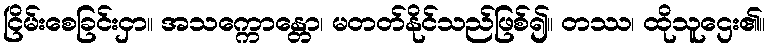
ငြိမ်းစေခြင်းငှာ။ အသက္ကောန္တော၊ မတတ်နိုင်သည်ဖြစ်၍။ တဿ၊ ထိုသူဌေး၏။